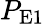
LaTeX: P_{\mathrm{E1}}